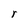
Character: r